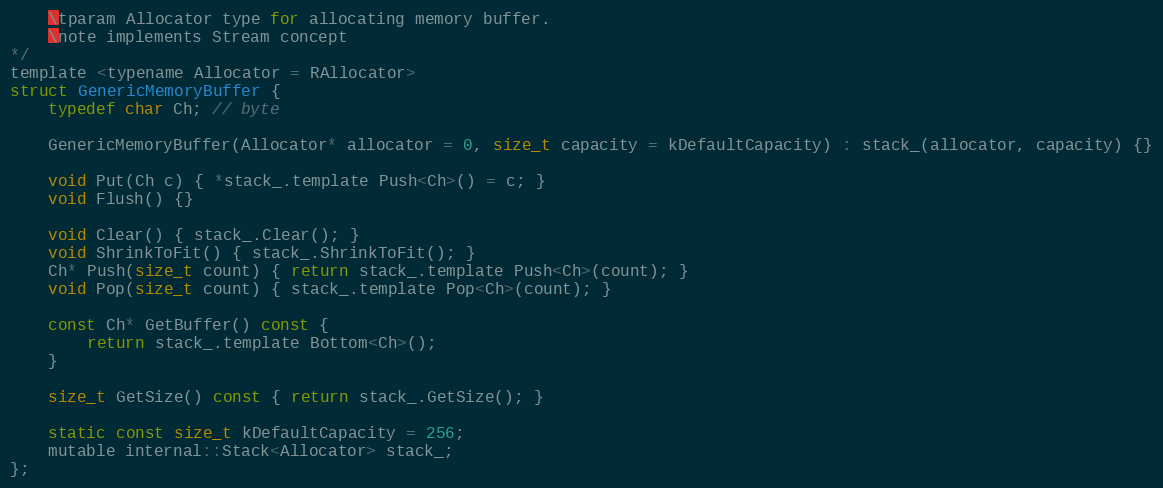
Language: C
    \tparam Allocator type for allocating memory buffer.
    \note implements Stream concept
*/
template <typename Allocator = RAllocator>
struct GenericMemoryBuffer {
    typedef char Ch; // byte

    GenericMemoryBuffer(Allocator* allocator = 0, size_t capacity = kDefaultCapacity) : stack_(allocator, capacity) {}

    void Put(Ch c) { *stack_.template Push<Ch>() = c; }
    void Flush() {}

    void Clear() { stack_.Clear(); }
    void ShrinkToFit() { stack_.ShrinkToFit(); }
    Ch* Push(size_t count) { return stack_.template Push<Ch>(count); }
    void Pop(size_t count) { stack_.template Pop<Ch>(count); }

    const Ch* GetBuffer() const {
        return stack_.template Bottom<Ch>();
    }

    size_t GetSize() const { return stack_.GetSize(); }

    static const size_t kDefaultCapacity = 256;
    mutable internal::Stack<Allocator> stack_;
};